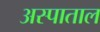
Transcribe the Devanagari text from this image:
अस्पाताल